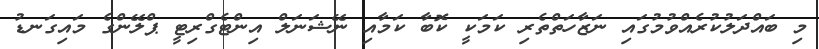
މި ބައްދަލުކުރެއްވުމުގައި ނަޒާހަތްތެރި ކަމަކީ ކޮބާ ކަމާއި ނޭޝަނަލް އިންޓެގްރިޓީ ޕްލޭންގެ މައިގަނޑު